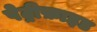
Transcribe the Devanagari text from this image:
पेट्रीफ़ाइड